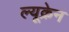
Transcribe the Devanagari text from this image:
ल्यूक्रेन